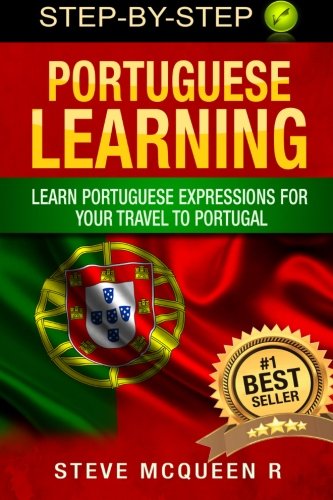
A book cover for Portuguese Learning: Learn Portuguese Expressions For Your Travel To Portugal (portuguese language by Steve Mcqueen) (Volume 1); Steve Mcqueen R; Travel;